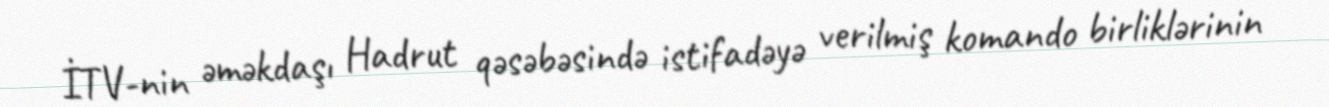
İTV-nin əməkdaşı Hadrut qəsəbəsində istifadəyə verilmiş komando birliklərinin